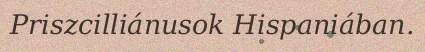
Priszcilliánusok Hispaniában.